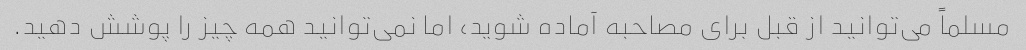
مسلماً می‌توانید از قبل برای مصاحبه آماده شوید، اما نمی‌توانید همه چیز را پوشش دهید.